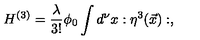
H ^ { ( 3 ) } = { \frac { \lambda } { 3 ! } } \phi _ { 0 } \int d ^ { \nu } x : { \eta } ^ { 3 } ( \vec { x } ) : ,